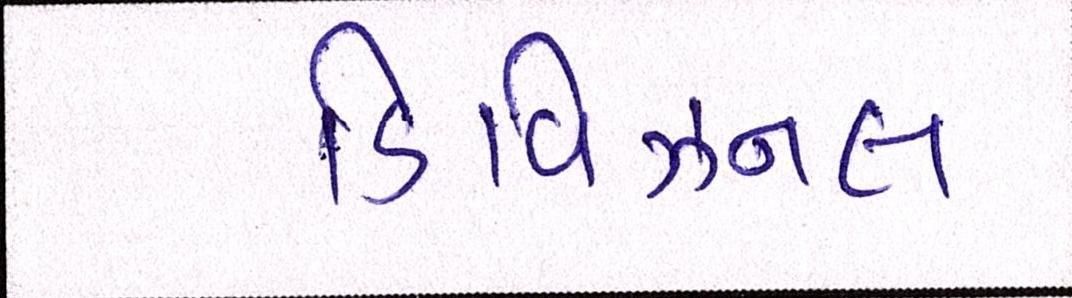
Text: ડિવિઝનલ